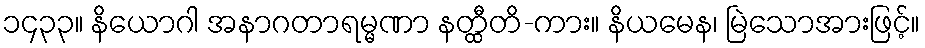
၁၄၃၃။ နိယောဂါ အနာဂတာရမ္မဏာ နတ္ထီတိ-ကား။ နိယမေန၊ မြဲသောအားဖြင့်။